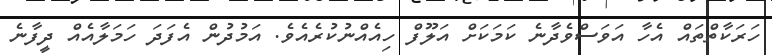
ހަރަކާތްތައް އެހާ އަވަސްވެދާނެ ކަމަކަށް އަލޫފް ހިއެއްނުކުރެއެވެ. އަމުދުން އެފަދަ ހަމަލާއެއް ދީފާނެ